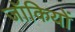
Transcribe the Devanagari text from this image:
जॉकियों